Indian journal of veterinary science and animal husbandry - Volumes 26-27, 1956-1957
Year: 1956
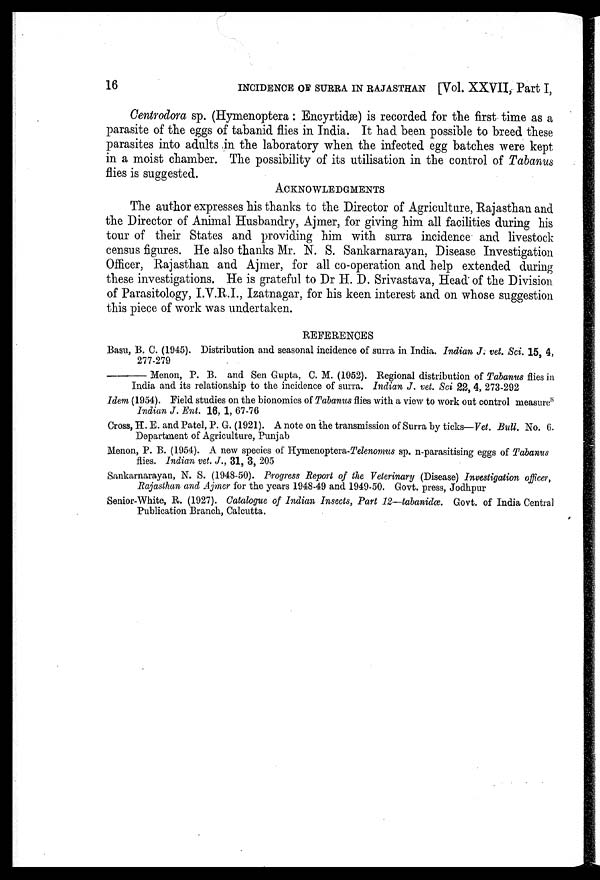
16
INCIDENCE OF SURRA IN RAJASTHAN [Vol. XXVII, Part I,
Centrodora sp. (Hymenoptera: Encyrtidæ) is recorded for the first time as a
parasite of the eggs of tabanid flies in India. It had been possible to breed these
parasites into adults in the laboratory when the infected egg batches were kept
in a moist chamber. The possibility of its utilisation in the control of Tabanus
flies is suggested.
ACKNOWLEDGMENTS
The author expresses his thanks to the Director of Agriculture, Rajasthan and
the Director of Animal Husbandry, Ajmer, for giving him all facilities during his
tour of their States and providing him with surra incidence and livestock
census figures. He also thanks Mr. N. S. Sankarnarayan, Disease Investigation
Officer, Rajasthan and Ajmer, for all co-operation and help extended during
these investigations. He is grateful to Dr H. D. Srivastava, Head of the Division
of Parasitology, I.V.R.I., Izatnagar, for his keen interest and on whose suggestion
this piece of work was undertaken.
REFERENCES
Basu, B. C. (1945). Distribution and seasonal incidence of surra in India. Indian J. vet. Sci. 15, 4,
277-279
———— Menon, P. B. and Sen Gupta, C. M. (1952). Regional distribution of Tabanus flies in
India and its relationship to the incidence of surra. Indian J. vet. Sci 22, 4, 273-292
Idem (1954). Field studies on the bionomics of Tabanus flies with a view to work out control measure s
Indian J. Ent. 16, 1, 67-76
Cross, H. E. and Patel, P. G. (1921). A note on the transmission of Surra by ticks—Vet. Bull. No. 6.
Department of Agriculture, Punjab
Menon, P. B. (1954). A new species of Hymenoptera-Telenomus sp. n-parasitising eggs of Tabanus
flies. Indian vet. J., 31, 3, 205
Sankarnarayan, N. S. (1948-50). Progress Report of the Veterinary (Disease) Investigation officer,
Rajasthan and Ajmer for the years 1948-49 and 1949-50. Govt. press, Jodhpur
Senior-White, R. (1927). Catalogue of Indian Insects, Part 12—tabanidœ. Govt. of India Central
Publication Branch, Calcutta.